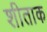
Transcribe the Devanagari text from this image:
शीताक